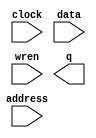
module vgamem (
	address,
	clock,
	data,
	wren,
	q);

	input	[18:0]  address;
	input	  clock;
	input	[7:0]  data;
	input	  wren;
	output	[7:0]  q;
`ifndef ALTERA_RESERVED_QIS
// synopsys translate_off
`endif
	tri1	  clock;
`ifndef ALTERA_RESERVED_QIS
// synopsys translate_on
`endif

endmodule